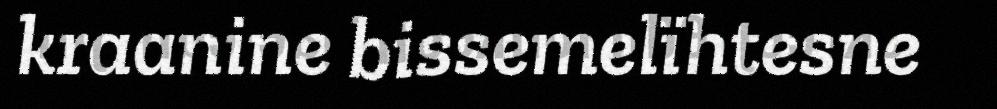
kraanine bissemelïhtesne